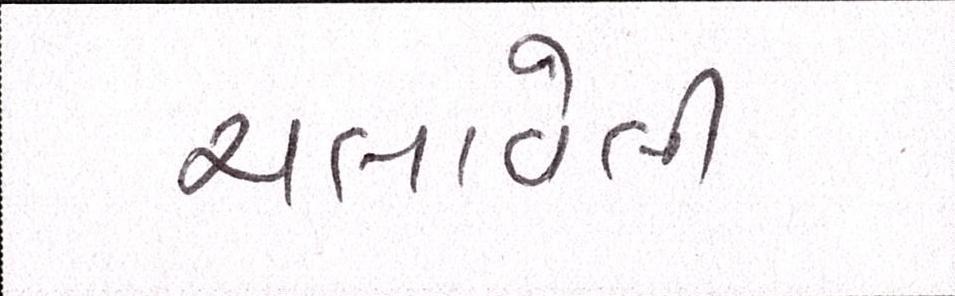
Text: ચલાવેલી